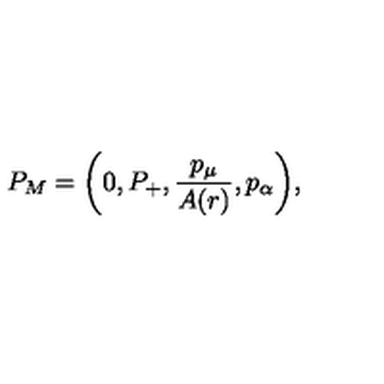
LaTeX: P _ { M } = \left( 0 , P _ { + } , \frac { p _ { \mu } } { A ( r ) } , p _ { \alpha } \right) \! ,